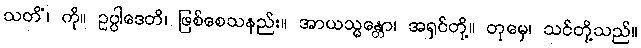
သတိံ၊ ကို။ ဥပ္ပါဒေတိ၊ ဖြစ်စေသနည်း။ အာယသ္မန္တော၊ အရှင်တို့။ တုမှေ၊ သင်တို့သည်။